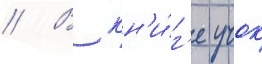
// В кн'и́г'е учок